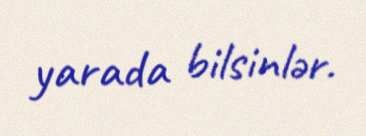
yarada bilsinlər.